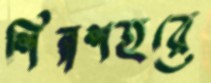
শিল্পশহরে